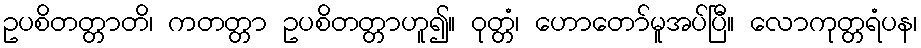
ဥပစိတတ္တာတိ၊ ကတတ္တာ ဥပစိတတ္တာဟူ၍။ ဝုတ္တံ၊ ဟောတော်မူအပ်ပြီ။ လောကုတ္တရံပန၊